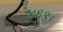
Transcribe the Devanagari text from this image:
४६९।